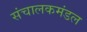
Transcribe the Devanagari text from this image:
संचालकमंडल